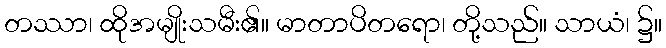
တဿာ၊ ထိုအမျိုးသမီး၏။ မာတာပိတရော၊ တို့သည်။ သာယံ၊ ၌။